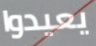
يعيدوا